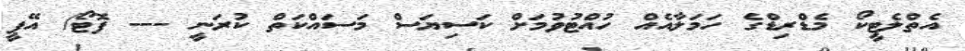
އެތްލެޓީކޯ މެޑްރިޑްގެ ހަމަލާއެއް ހުއްޓުވުމަށް ކަސިޔަސް މަސައްކަތް ކުރަނީ --- ފޮޓޯ/ އޭޕީ